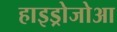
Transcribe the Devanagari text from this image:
हाइड्रोजोआ